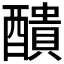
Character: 𨣈